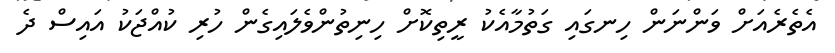
އެތެރެއަށް ވަންނަން ހިނގައި ގަތުމާއެކު ރީތިކޮށް ހިނިތުންވެލައިގެން ހުރި ކުއްޖަކު އައިސް ދެ